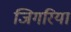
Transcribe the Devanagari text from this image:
जिगरिया